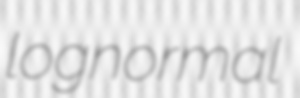
lognormal